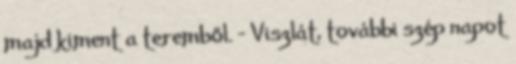
majd kiment a teremből. - Viszlát, további szép napot